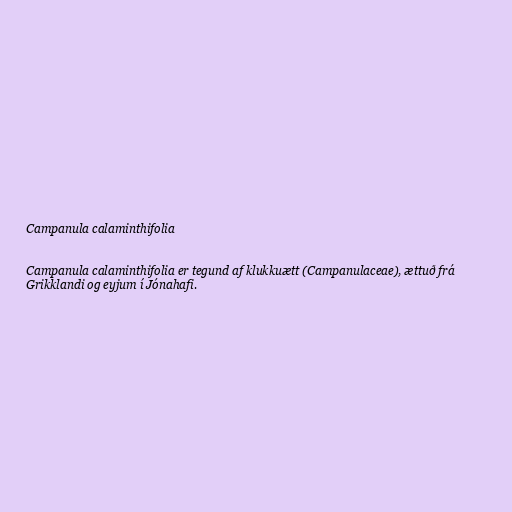
Campanula calaminthifolia

Campanula calaminthifolia er tegund af klukkuætt (Campanulaceae), ættuð frá
Grikklandi og eyjum í Jónahafi.